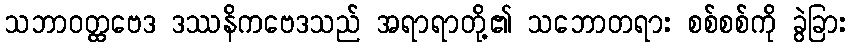
သဘာဝတ္ထဗေဒ ဒဿနိကဗေဒသည် အရာရာတို့၏ သဘောတရား စစ်စစ်ကို ခွဲခြား